Subject: math
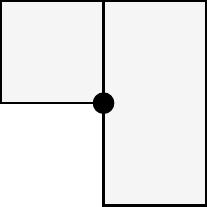
LaTeX code:
			\begin{tikzpicture}[scale = 1.3]
				\draw[thick,fill=gray!8] (-1,0) rectangle (1,1);
				\draw[thick,fill=gray!8] (0,-1) rectangle (1,1);
				\filldraw (0,0) circle (0.1);
			\end{tikzpicture}\hspace{0.8cm}